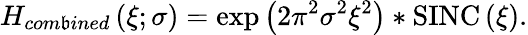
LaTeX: H_{com\mathfrak{b}ined}\left(\xi;\sigma\right)=\exp\left({2\pi^{2}\sigma^{2}\xi^{2}}\right)*\textup{{SINC}}\left(\xi\right).